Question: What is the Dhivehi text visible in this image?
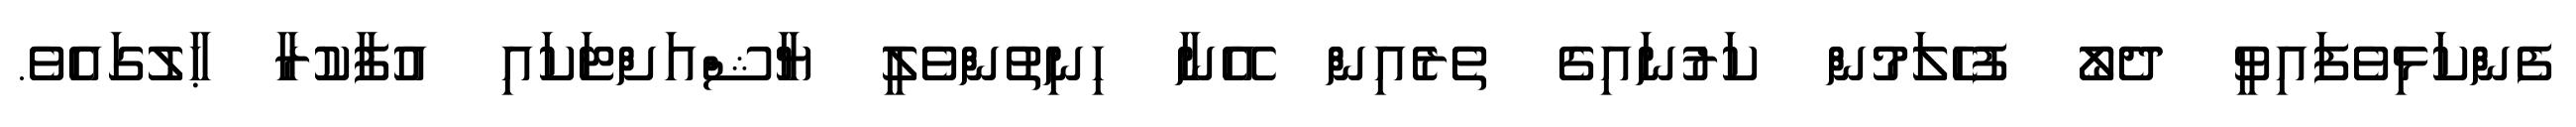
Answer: ފެންކަޅިވެފައިވީ ދެލޯ ފުހެލަމުން ކަރުނައިގެ ތެރެއިން އޭނާ ހިނިތުންވެލީ ޔާޝްއަށްޓަކައި އުފާކުރާ ޙާލުގައެވެ.